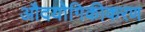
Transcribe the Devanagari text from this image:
औदयोगिकीकरण